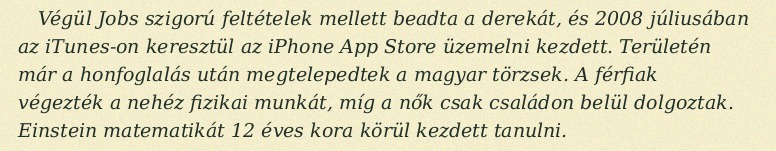
Végül Jobs szigorú feltételek mellett beadta a derekát, és 2008 júliusában az iTunes-on keresztül az iPhone App Store üzemelni kezdett. Területén már a honfoglalás után megtelepedtek a magyar törzsek. A férfiak végezték a nehéz fizikai munkát, míg a nők csak családon belül dolgoztak. Einstein matematikát 12 éves kora körül kezdett tanulni.